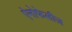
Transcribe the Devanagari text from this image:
ऐनोफेलीज़